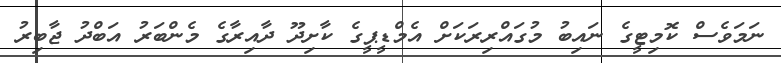
ނަމަވެސް ކޮމިޓީގެ ނައިބު މުގައްރިރަކަށް އެމްޑީޕީގެ ކާށިދޫ ދާއިރާގެ މެންބަރު އަބްދު ޖާބިރު